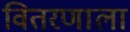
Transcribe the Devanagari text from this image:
वितरणाला